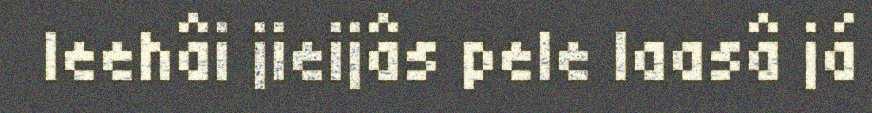
leehâi jieijâs pele laasâ já